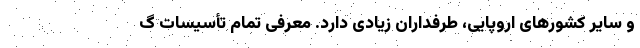
و سایر کشورهای اروپایی، طرفداران زیادی دارد. معرفی تمام تأسیسات گ